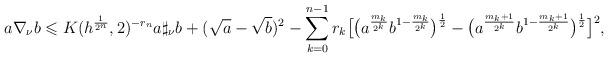
LaTeX: \begin{align*} a\nabla_{\nu} b \leqslant K(h^{\frac{1}{2^n}},2)^{-r_n} a\sharp_{\nu}b+( \sqrt{a}-\sqrt{b})^2-\sum_{k=0}^{n-1}r_{k}\big[\big(a^{\frac{m_k}{2^k}}b^{1-\frac{m_k}{2^k}}\big)^{\frac{1}{2}}-\big(a^{\frac{m_k+1}{2^k}}b^{1-\frac{m_k+1}{2^k}}\big)^{\frac{1}{2}}\big]^{2},\end{align*}